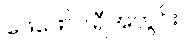
ဖေဖော်ဝါရီအတွင်း